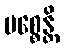
ပစ္စေန္တိ